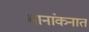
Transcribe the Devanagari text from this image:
मानांकनात